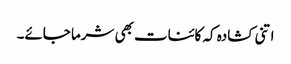
اتنی کشادہ کہ کائنات بھی شرما جائے۔